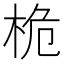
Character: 桅